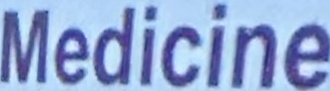
Medicine